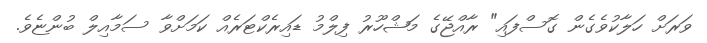
ވަރަށް ހަލާކުވެގެން ގޮސްފައި" ރާއްޖޭގެ މަޝްހޫރު ފިލްމު ޑައިރެކްޓަރެއް ކަމަށްވާ ސަމާއިލް ބުންޏެވެ.